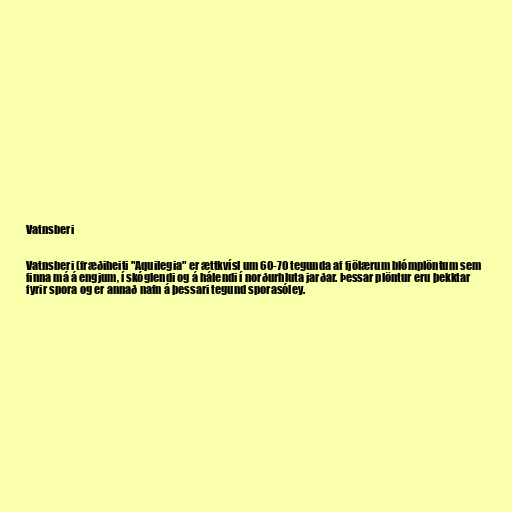
Vatnsberi

Vatnsberi (fræðiheiti "Aquilegia" er ættkvísl um 60-70 tegunda af fjölærum blómplöntum sem
finna má á engjum, í skóglendi og á hálendi í norðurhluta jarðar. Þessar plöntur eru þekktar
fyrir spora og er annað nafn á þessari tegund sporasóley.